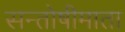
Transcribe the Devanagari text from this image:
सन्तोषीमाता